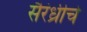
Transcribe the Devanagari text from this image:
सैरंध्रीचे